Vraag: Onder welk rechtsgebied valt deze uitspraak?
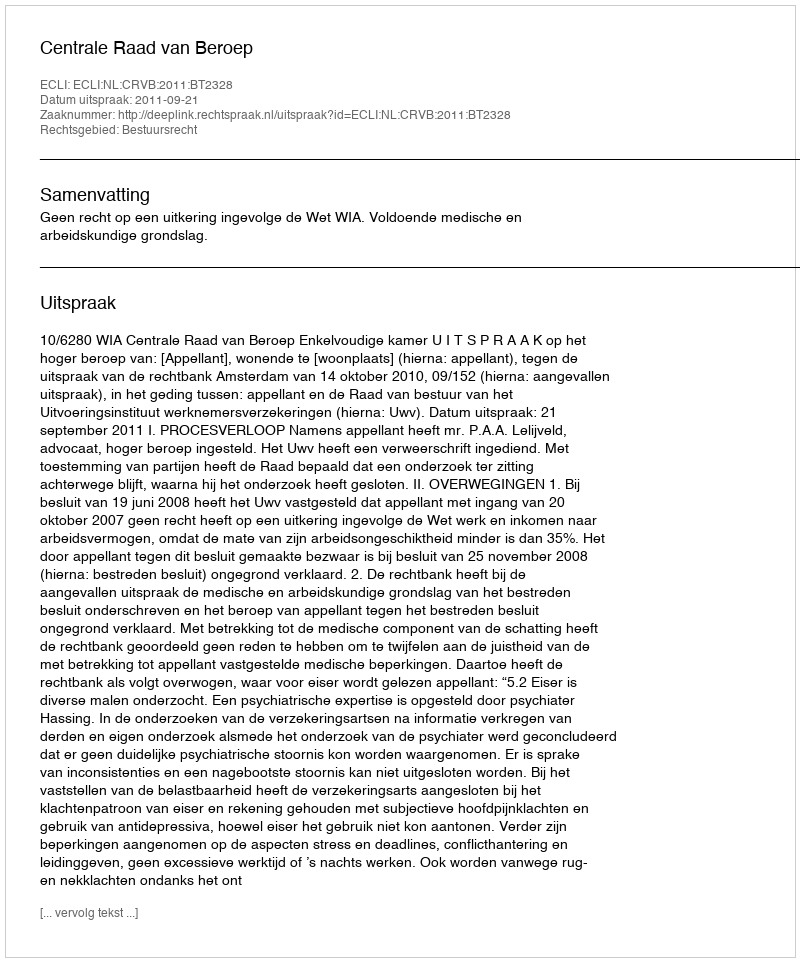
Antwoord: Bestuursrecht